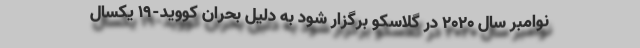
نوامبر سال ۲۰۲۰ در گلاسکو برگزار شود به دلیل بحران کووید-۱۹ یکسال